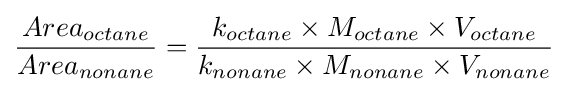
{{Area_{octane}} \over {Area_{nonane}}}={{k_{octane}\times M_{octane}\times V_{octane}} \over {k_{nonane}\times M_{nonane}\times V_{nonane}}}